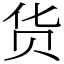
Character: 货